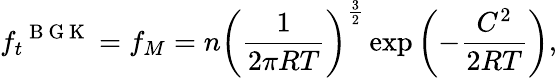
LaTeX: {{f}_{t}}^{\mathrm{~B~G~K~}}={{f}_{M}}=n{{\left(\frac{1}{2\pi RT}\right)}^{\frac{3}{2}}}\exp\left(-\frac{{{C}^{2}}}{2RT}\right),